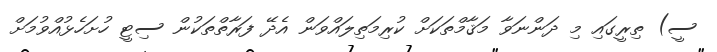
ސީ) ތިރީގައި މި ދަންނަވާ މަޤާމްތަކަށް ކުރިމަތިލައްވަން އެދޭ ފަރާތްތަކުން ސިޓީ ހުށަހެޅުއްވުމަށް